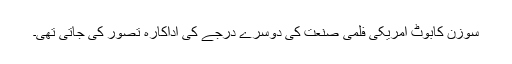
سوزن کابوٹ امریکی فلمی صنعت کی دوسرے درجے کی اداکارہ تصور کی جاتی تھی۔